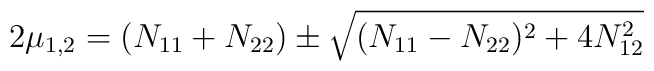
2\mu_{1,2}=(N_{11}+N_{22})\pm \sqrt{(N_{11}-N_{22})^2+4 N_{12}^2}